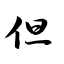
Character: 但